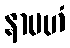
နာမဟံ